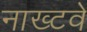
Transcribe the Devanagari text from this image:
नाख्टवे